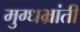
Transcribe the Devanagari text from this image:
मुग्धभ्रांती